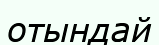
отындай